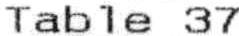
TABLE 37